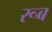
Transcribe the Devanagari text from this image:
रूब